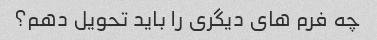
چه فرم های دیگری را باید تحویل دهم؟